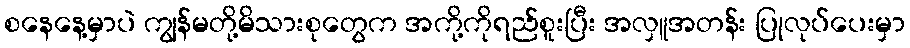
စနေနေ့မှာပဲ ကျွန်မတို့မိသားစုတွေက အကို့ကိုရည်စူးပြီး အလှူအတန်း ပြုလုပ်ပေးမှာ